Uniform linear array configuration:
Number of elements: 64
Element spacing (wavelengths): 0.5
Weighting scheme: hann
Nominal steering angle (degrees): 60
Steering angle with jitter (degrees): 61.026
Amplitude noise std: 0.05
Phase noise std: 0.05

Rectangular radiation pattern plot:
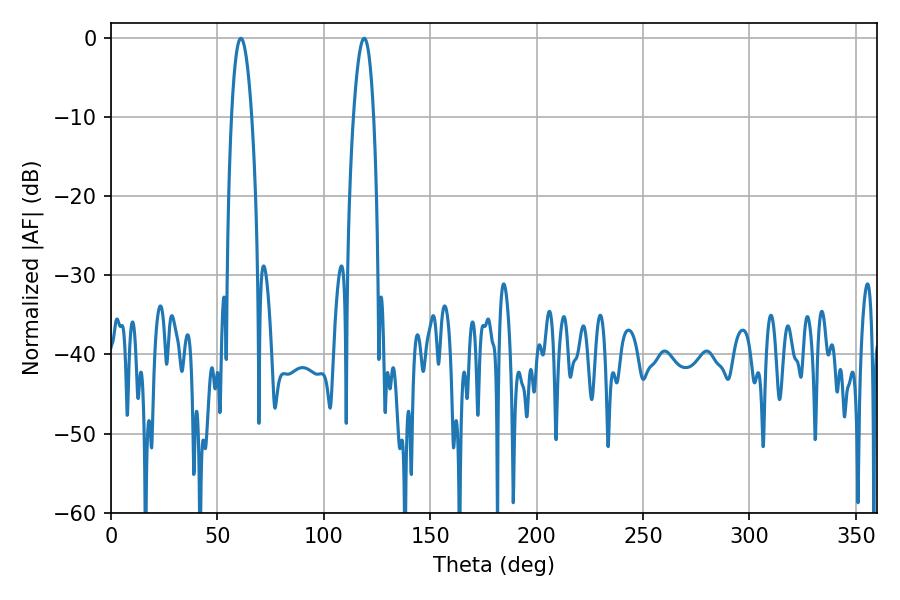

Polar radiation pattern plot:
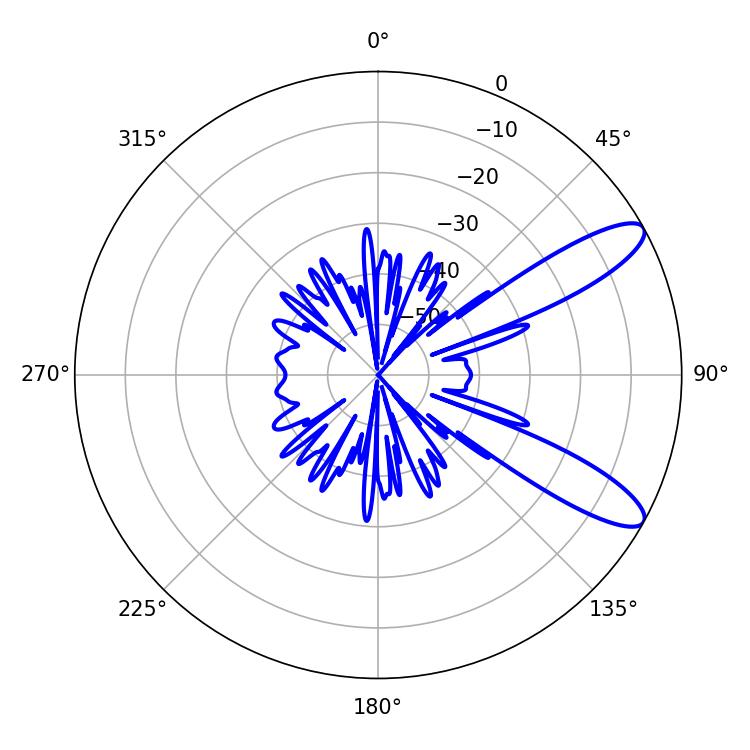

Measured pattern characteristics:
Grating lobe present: FALSE
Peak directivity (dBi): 10.623
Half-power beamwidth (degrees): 5.22
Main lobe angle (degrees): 61.02